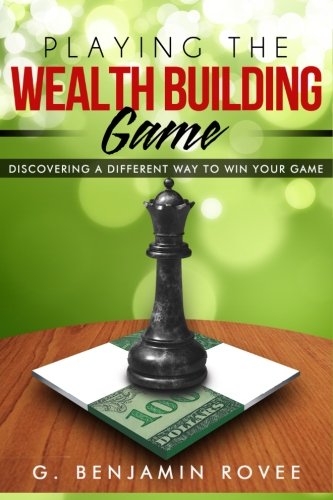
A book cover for Playing the Wealth Building Game: Discovering A Different Way To Win Your Game; G. Benjamin Rovee; Business & Money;